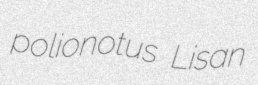
polionotus Lisan